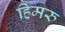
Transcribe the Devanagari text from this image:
हिमरु